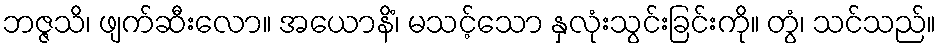
ဘဇ္ဇသိ၊ ဖျက်ဆီးလော။ အယောနိံ၊ မသင့်သော နှလုံးသွင်းခြင်းကို။ တွံ၊ သင်သည်။